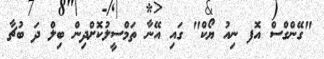
"ގޭންގްސް އޮފ ނިއު ޔޯކް" ގައި އޭނާ ތަމްސީލުކޮށްދިން ބިލް ދަ ބުޗާ